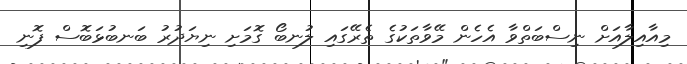
މިއާއިލާއަށް ނިސްބަތްވާ އެހެން މޭވާތަކުގެ ތެރޭގައި ލުނބޯ ގޮމަށި ނިޔަދުރު ބަނބުޅަބޮސް ފޮނި